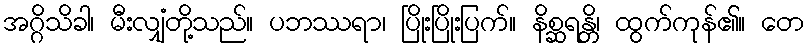
အဂ္ဂိသိခါ၊ မီးလျှံတို့သည်။ ပဘဿရာ၊ ပြိုးပြိုးပြက်။ နိစ္ဆရန္တိ၊ ထွက်ကုန်၏။ တေ